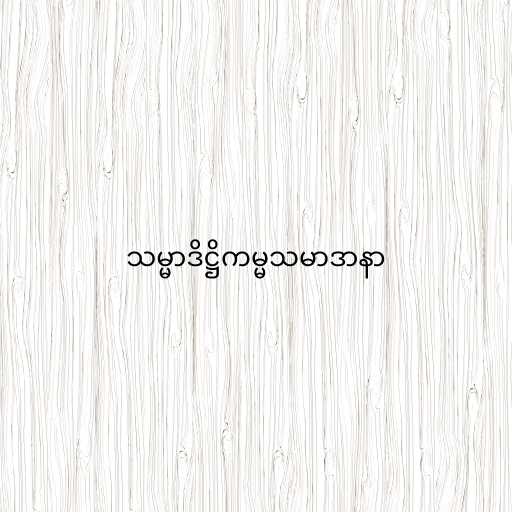
သမ္မာဒိဋ္ဌိကမ္မသမာဒာနာ